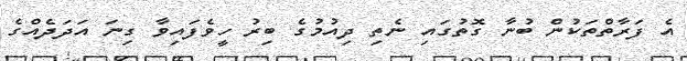
އެ ފަރާތްތަކުން ބުނާ ގޮތުގައި ނެތި ދިއުމުގެ ބިރު ހީވެފައިވާ ގިނަ އަދަދެއްގެ